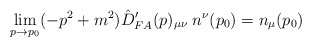
\begin{align*}\lim_{p \rightarrow p_0} (-p^2 + m^2) \hat{D}'_{FA}(p)_{\mu\nu}\; n^\nu(p_0) = n_\mu(p_0)\end{align*}